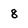
Character: 8